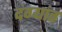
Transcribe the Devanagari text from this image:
दंग्यांत